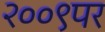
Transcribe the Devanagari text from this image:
२००९पर